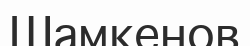
Шамкенов